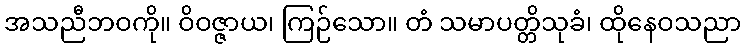
အသညီဘဝကို။ ဝိဝဇ္ဇာယ၊ ကြဉ်သော။ တံ သမာပတ္တိသုခံ၊ ထိုနေဝသညာ